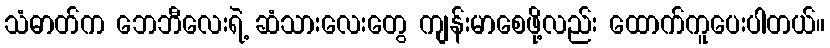
သံဓာတ်က ဘေဘီလေးရဲ့ ဆံသားလေးတွေ ကျန်းမာစေဖို့လည်း ထောက်ကူပေးပါတယ်။